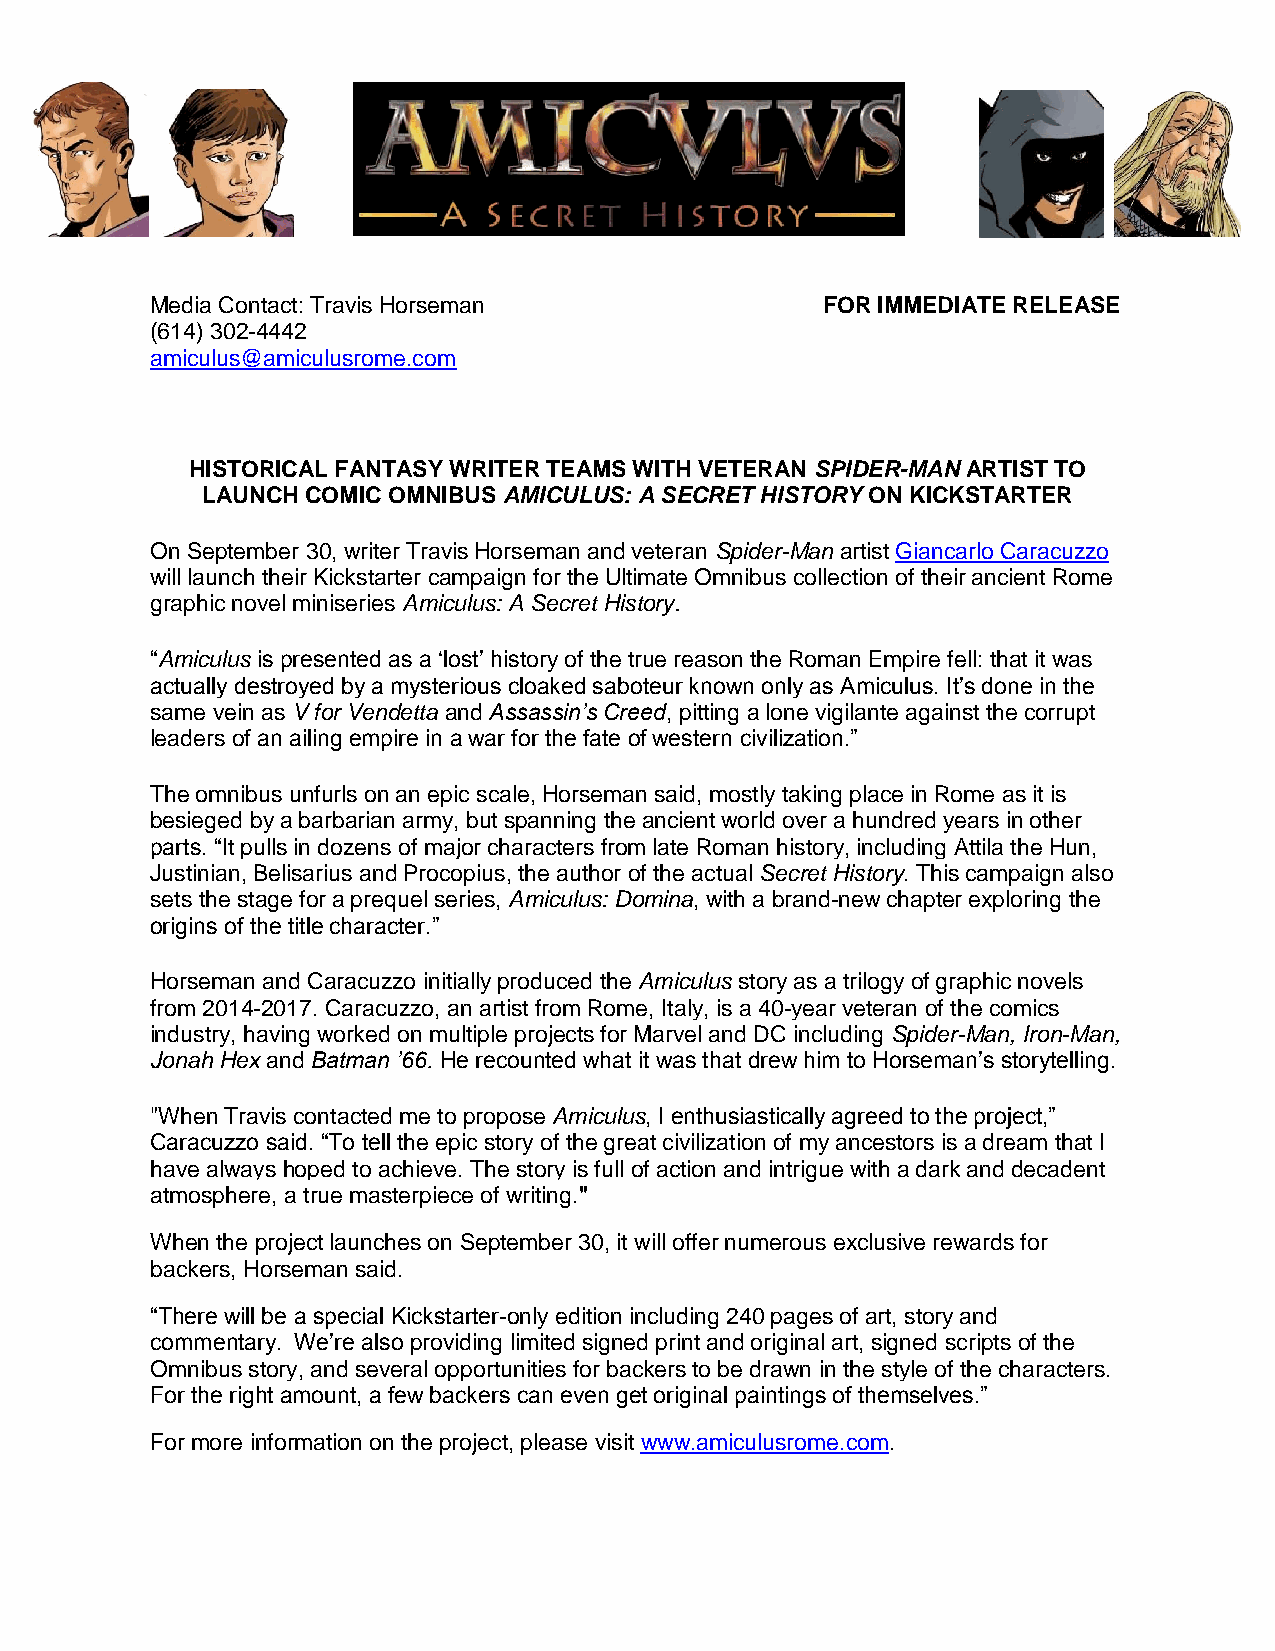
Media Contact: Travis Horseman              FOR IMMEDIATE RELEASE
 (614) 302-4442
 amiculus@amiculusrome.com
 HISTORICAL FANTASY WRITER TEAMS WITH VETERAN SPIDER-MAN ARTIST TO
 LAUNCH COMIC OMNIBUS AMICULUS: A SECRET HISTORY ON KICKSTARTER
 On September 30, writer Travis Horseman and veteran Spider-Man artist Giancarlo Caracuzzo
 will launch their Kickstarter campaign for the Ultimate Omnibus collection of their ancient Rome
 graphic novel miniseries Amiculus: A Secret History.
 “Amiculus is presented as a ‘lost’ history of the true reason the Roman Empire fell: that it was
 actually destroyed by a mysterious cloaked saboteur known only as Amiculus. It’s done in the
 same vein as V for Vendetta and Assassin’s Creed, pitting a lone vigilante against the corrupt
 leaders of an ailing empire in a war for the fate of western civilization.”
 The omnibus unfurls on an epic scale, Horseman said, mostly taking place in Rome as it is
 besieged by a barbarian army, but spanning the ancient world over a hundred years in other
 parts. “It pulls in dozens of major characters from late Roman history, including Attila the Hun,
 Justinian, Belisarius and Procopius, the author of the actual Secret History. This campaign also
 sets the stage for a prequel series, Amiculus: Domina, with a brand-new chapter exploring the
 origins of the title character.”
 Horseman and Caracuzzo initially produced the Amiculus story as a trilogy of graphic novels
 from 2014-2017. Caracuzzo, an artist from Rome, Italy, is a 40-year veteran of the comics
 industry, having worked on multiple projects for Marvel and DC including Spider-Man, Iron-Man,
 Jonah Hex and Batman ’66. He recounted what it was that drew him to Horseman’s storytelling.
 "When Travis contacted me to propose Amiculus, I enthusiastically agreed to the project,”
 Caracuzzo said. “To tell the epic story of the great civilization of my ancestors is a dream that I
 have always hoped to achieve. The story is full of action and intrigue with a dark and decadent
 atmosphere, a true masterpiece of writing."
 When the project launches on September 30, it will offer numerous exclusive rewards for
 backers, Horseman said.
 “There will be a special Kickstarter-only edition including 240 pages of art, story and
 commentary. We’re also providing limited signed print and original art, signed scripts of the
 Omnibus story, and several opportunities for backers to be drawn in the style of the characters.
 For the right amount, a few backers can even get original paintings of themselves.”
 For more information on the project, please visit www.amiculusrome.com.